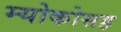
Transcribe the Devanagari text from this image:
म्योकोसह